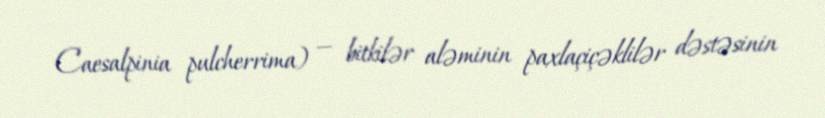
Caesalpinia pulcherrima) — bitkilər aləminin paxlaçiçəklilər dəstəsinin